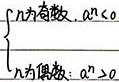
\[
\begin{cases}
n\text{为奇数}，a \cdot c\\
n\text{为偶数}，a \cdot c>0
\end{cases}
\]